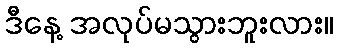
ဒီနေ့ အလုပ်မသွားဘူးလား။